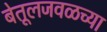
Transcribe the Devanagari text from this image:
बेतूलजवळच्या